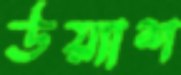
উয়্যাশ